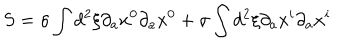
S = \sigma \int d ^ { 2 } \xi \partial _ { a } x ^ { 0 } \partial _ { a } x ^ { 0 } + \sigma \int d ^ { 2 } \xi \partial _ { a } x ^ { i } \partial _ { a } x ^ { i }